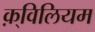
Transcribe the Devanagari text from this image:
क़्विलियम